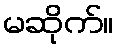
မဆိုက်။